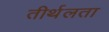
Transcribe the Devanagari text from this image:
तीर्थलता